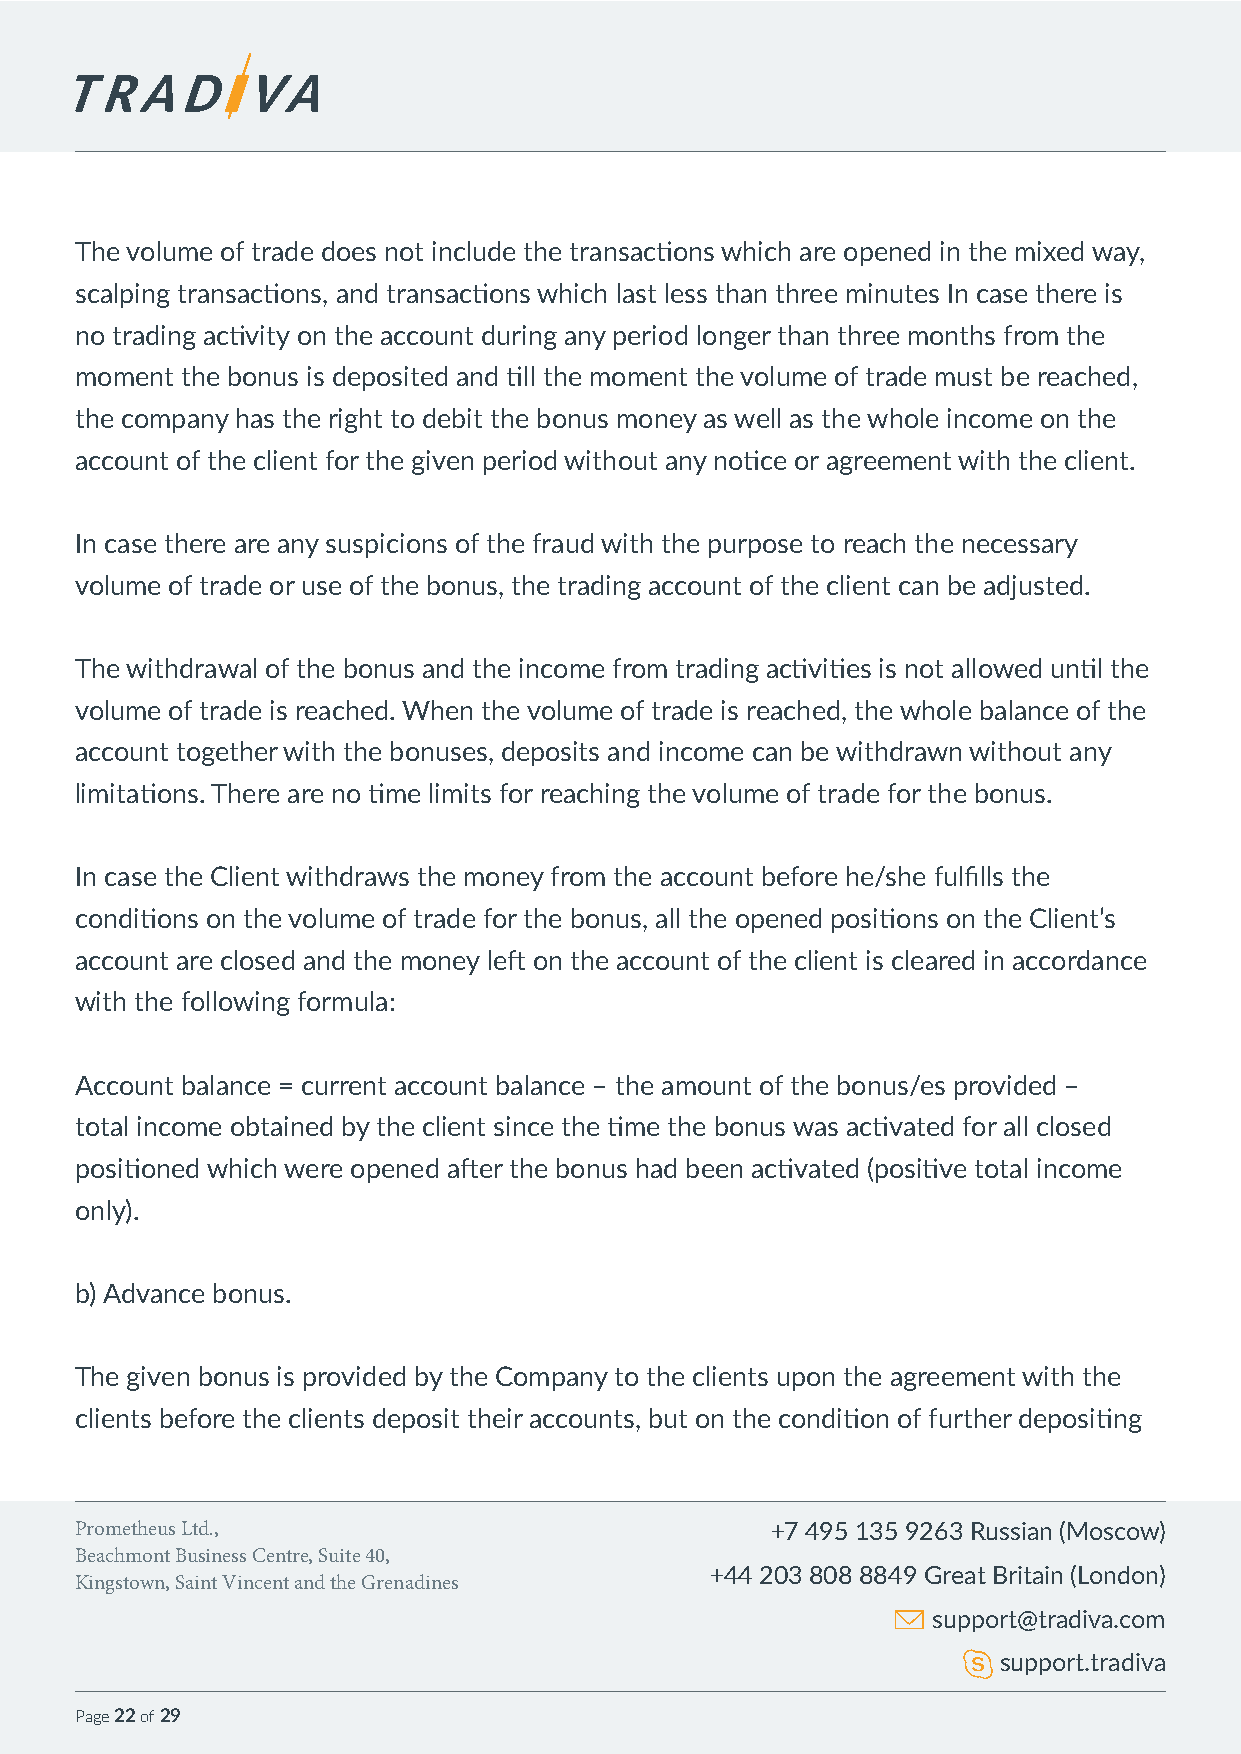
The volume of trade does not include the transactions which are opened in the mixed way,
 scalping transactions, and transactions which last less than three minutes In case there is
 no trading activity on the account during any period longer than three months from the
 moment the bonus is deposited and till the moment the volume of trade must be reached,
 the company has the right to debit the bonus money as well as the whole income on the
 account of the client for the given period without any notice or agreement with the client.
 In case there are any suspicions of the fraud with the purpose to reach the necessary
 volume of trade or use of the bonus, the trading account of the client can be adjusted.
 The withdrawal of the bonus and the income from trading activities is not allowed until the
 volume of trade is reached. When the volume of trade is reached, the whole balance of the
 account together with the bonuses, deposits and income can be withdrawn without any
 limitations. There are no time limits for reaching the volume of trade for the bonus.
 In case the Client withdraws the money from the account before he/she fulfills the
 conditions on the volume of trade for the bonus, all the opened positions on the Client’s
 account are closed and the money left on the account of the client is cleared in accordance
 with the following formula:
 Account balance = current account balance – the amount of the bonus/es provided –
 total income obtained by the client since the time the bonus was activated for all closed
 positioned which were opened after the bonus had been activated (positive total income
 only).
 b) Advance bonus.
 The given bonus is provided by the Company to the clients upon the agreement with the
 clients before the clients deposit their accounts, but on the condition of further depositing
 Prometheus Ltd.,                              +7 495 135 9263 Russian (Moscow)
 Beachmont Business Centre, Suite 40,
 +44 203 808 8849 Great Britain (London)
 Kingstown, Saint Vincent and the Grenadines
 support@tradiva.com
 support.tradiva
 Page 22 of 29